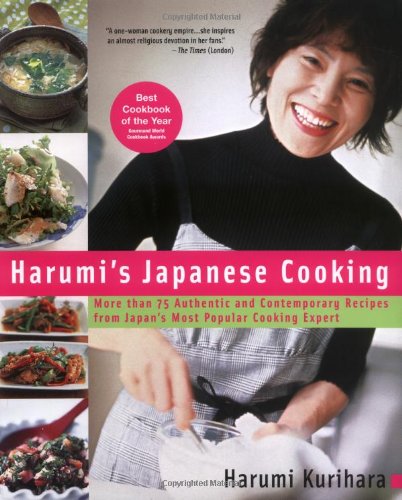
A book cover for Harumi's Japanese Cooking: More than 75 Authentic and Contemporary Recipes from Japan's Most Popular Cooking Expert; Harumi Kurihara; Cookbooks, Food & Wine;